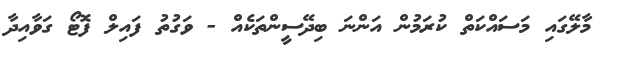
މާލޭގައި މަސައްކަތް ކުރަމުން އަންނަ ބިދޭސީންތަކެއް - ވަގުތު ފައިލް ފޮޓޯ ގަވާއިދާ